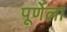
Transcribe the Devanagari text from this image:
पूर्णेला